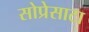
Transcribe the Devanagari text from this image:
सोप्रेसाटा